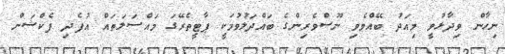
ނިހާން ވިދާޅުވީ މިއަދު ބޭއްވެވި ނޫސްވެރިންގެ ބައްދަލުވުމަކީ ޕާޓީތެރޭގަ މައްސަލަތައް އުފެދި ފެކްޝަން